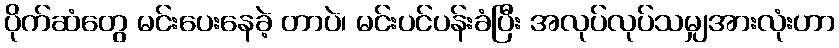
ပိုက်ဆံတွေ မင်းပေးနေခဲ့ တာပဲ၊ မင်းပင်ပန်းခံပြီး အလုပ်လုပ်သမျှအားလုံးဟာ